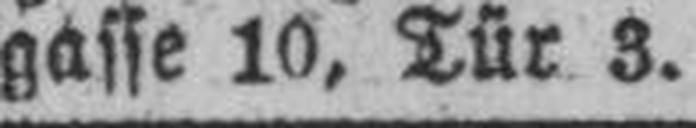
gasse 10, Tür 3.